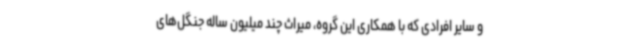
و سایر افرادی که با همکاری این گروه، میراث چند میلیون ساله جنگل‌های